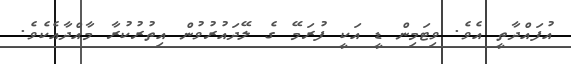
އުފައްދާތީ އެވެ. ވިޓަމިން ޑީ އަކީ ފުރަމޭ ގެ ލޭދައުރުވުން އިތުރުކުރާ މާއްދާއެކެވެ.